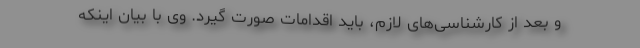
و بعد از کارشناسی‌های لازم، باید اقدامات صورت گیرد. وی با بیان اینکه